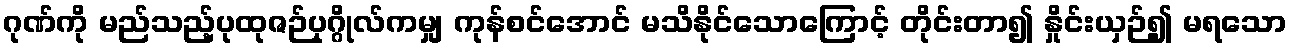
ဂုဏ်ကို မည်သည့်ပုထုဇဉ်ပုဂ္ဂိုလ်ကမျှ ကုန်စင်အောင် မသိနိုင်သောကြောင့် တိုင်းတာ၍ နှိုင်းယှဉ်၍ မရသော